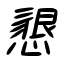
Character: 懇